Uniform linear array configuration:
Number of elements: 16
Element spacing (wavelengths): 0.75
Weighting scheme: cosine
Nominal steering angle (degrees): -30
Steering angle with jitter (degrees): -28.299
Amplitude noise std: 0.05
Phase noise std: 0.05

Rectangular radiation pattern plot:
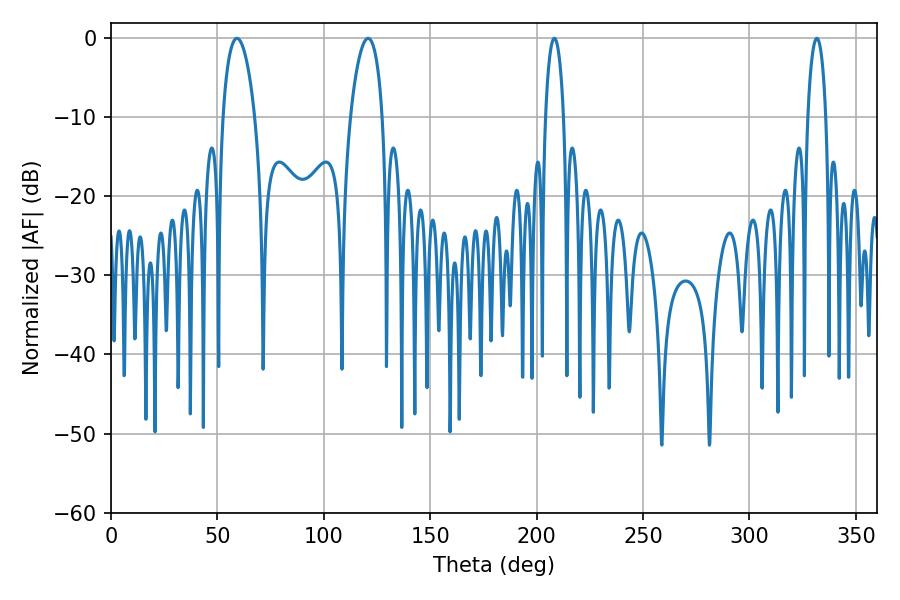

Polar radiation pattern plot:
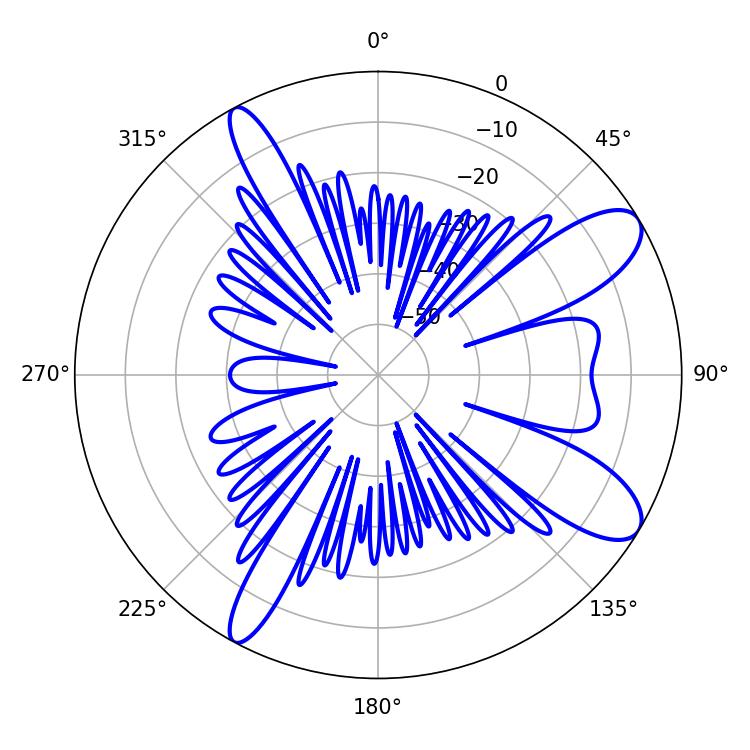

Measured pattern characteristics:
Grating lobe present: TRUE
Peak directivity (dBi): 10.114
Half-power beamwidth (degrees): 8.46
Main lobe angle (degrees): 59.22